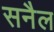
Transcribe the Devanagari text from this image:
सनैल